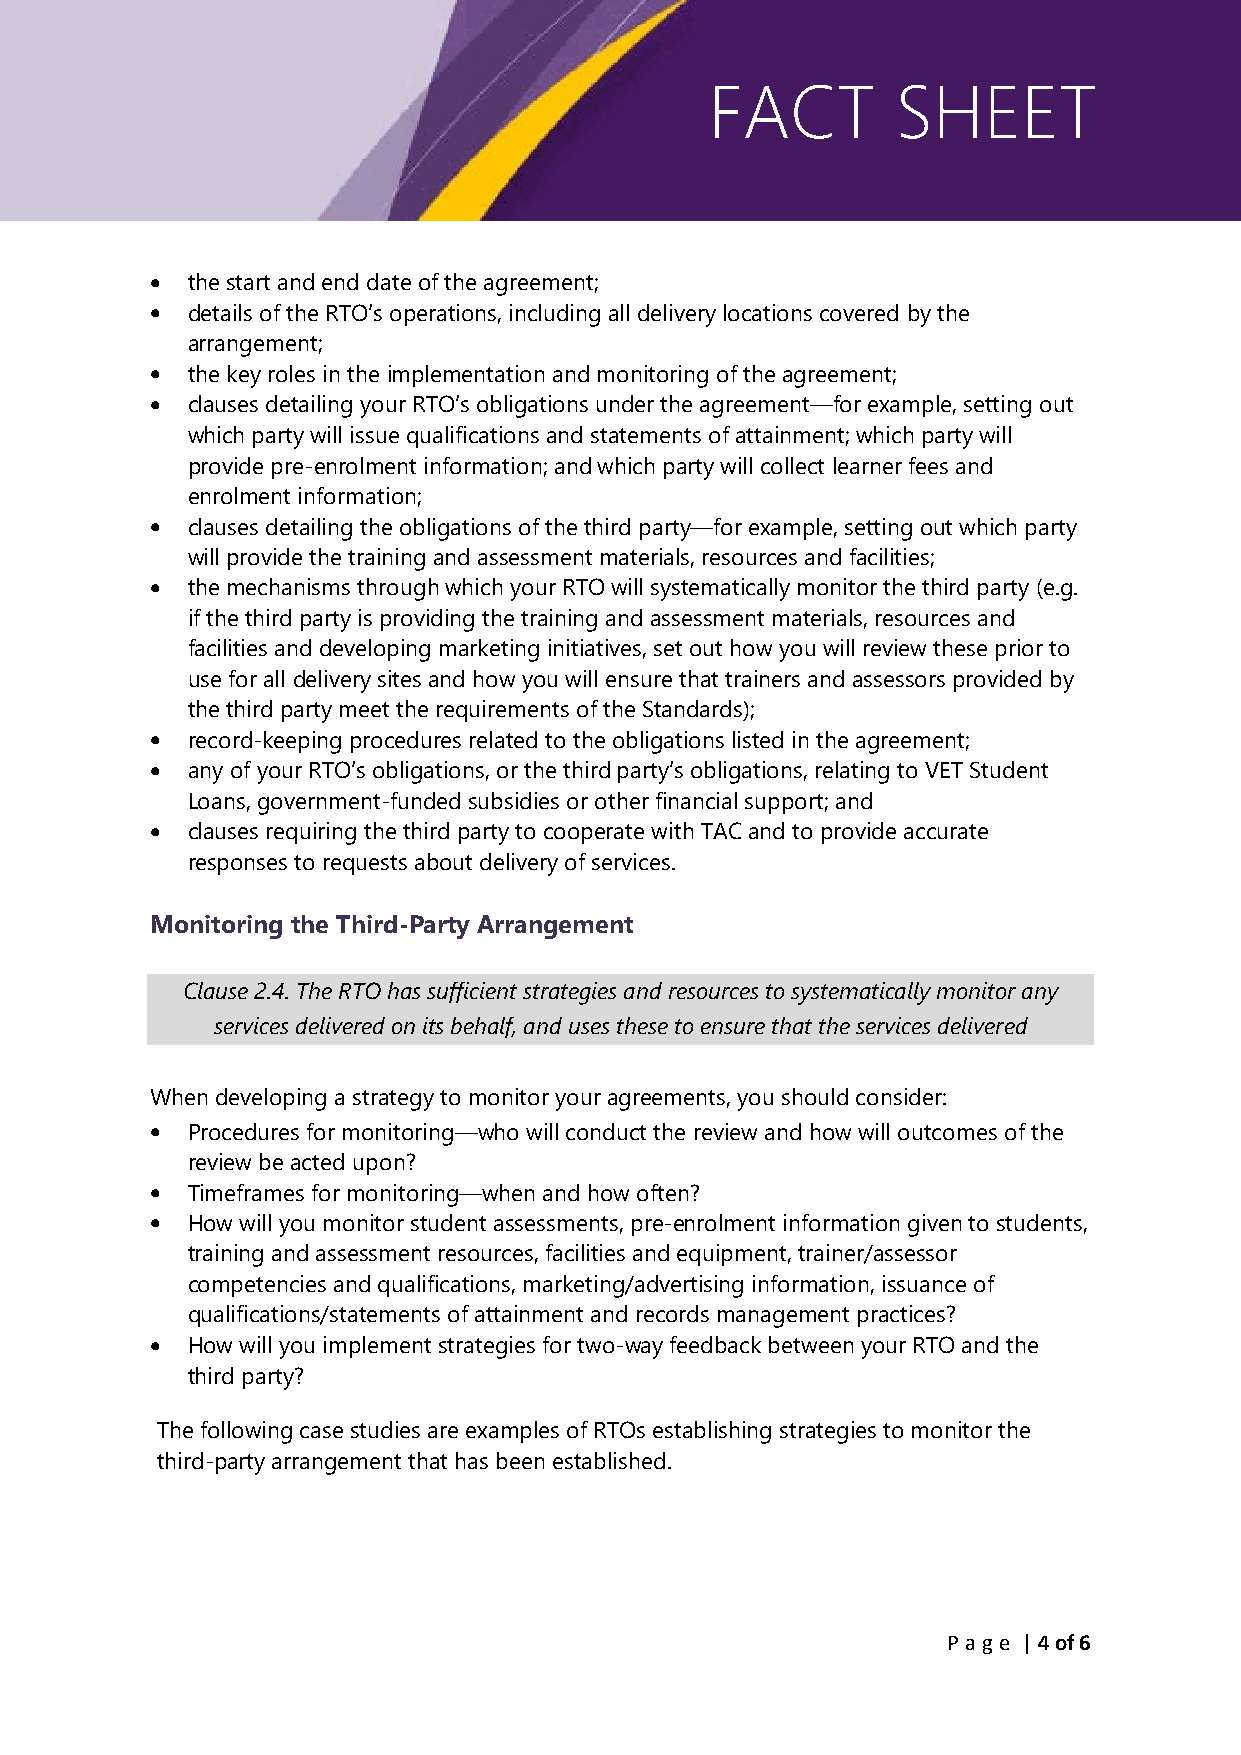
FACT        SHEET
 • the start and end date of the agreement;
 • details of the RTO’s operations, including all delivery locations covered by the
 arrangement;
 • the key roles in the implementation and monitoring of the agreement;
 • clauses detailing your RTO’s obligations under the agreement—for example, setting out
 which party will issue qualifications and statements of attainment; which party will
 provide pre-enrolment information; and which party will collect learner fees and
 enrolment information;
 • clauses detailing the obligations of the third party—for example, setting out which party
 will provide the training and assessment materials, resources and facilities;
 • the mechanisms through which your RTO will systematically monitor the third party (e.g.
 if the third party is providing the training and assessment materials, resources and
 facilities and developing marketing initiatives, set out how you will review these prior to
 use for all delivery sites and how you will ensure that trainers and assessors provided by
 the third party meet the requirements of the Standards);
 • record-keeping procedures related to the obligations listed in the agreement;
 • any of your RTO’s obligations, or the third party’s obligations, relating to VET Student
 Loans, government-funded subsidies or other financial support; and
 • clauses requiring the third party to cooperate with TAC and to provide accurate
 responses to requests about delivery of services.
 Monitoring the Third-Party Arrangement
 Clause 2.4. The RTO has sufficient strategies and resources to systematically monitor any
 services delivered on its behalf, and uses these to ensure that the services delivered
 When developing a strategy to monitor your agreements, you should consider:
 • Procedures for monitoring—who will conduct the review and how will outcomes of the
 review be acted upon?
 • Timeframes for monitoring—when and how often?
 • How will you monitor student assessments, pre-enrolment information given to students,
 training and assessment resources, facilities and equipment, trainer/assessor
 competencies and qualifications, marketing/advertising information, issuance of
 qualifications/statements of attainment and records management practices?
 • How will you implement strategies for two-way feedback between your RTO and the
 third party?
 The following case studies are examples of RTOs establishing strategies to monitor the
 third-party arrangement that has been established.
 P age | 4 of 6